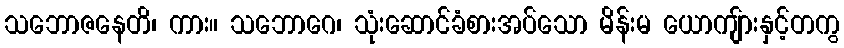
သဘောဇနေတိ၊ ကား။ သဘောဂေ၊ သုံးဆောင်ခံစားအပ်သော မိန်းမ ယောကျ်ားနှင့်တကွ